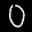
Label: 0